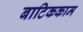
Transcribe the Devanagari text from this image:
बाटिककाम